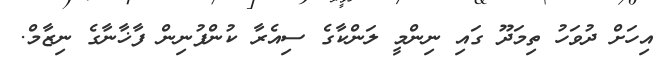
އިހަށް ދުވަހު ތިމަދޫ ގައި ނިންމީ ލަންކާގެ ސިއެރާ ކުންފުނިން ފާޚާނާގެ ނިޒާމް.